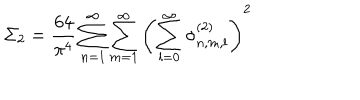
LaTeX: \Sigma _ { 2 } = \frac { 6 4 } { \pi ^ { 4 } } \sum _ { n = 1 } ^ { \infty } \sum _ { m = 1 } ^ { \infty } \left( \sum _ { l = 0 } ^ { \infty } \sigma _ { n , m , l } ^ { ( 2 ) } \right) ^ { 2 }